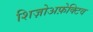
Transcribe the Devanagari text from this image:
शिज़ोअफ़ेक्टिव